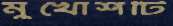
মুখোশটি